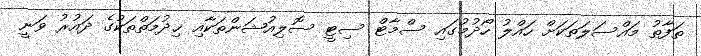
ތަފާތު މައްސަލަތަކަށް ހައްލު ހޯދުމުގައި ސްމާޓް ސިޓީ ސޮލިއުޝަންތަކާއި ޚިދުމަތްތަކުގެ ދައުރު ވަނީ